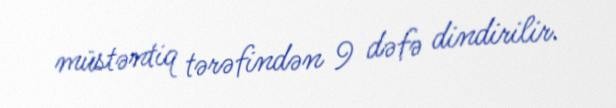
müstəntiq tərəfindən 9 dəfə dindirilir.